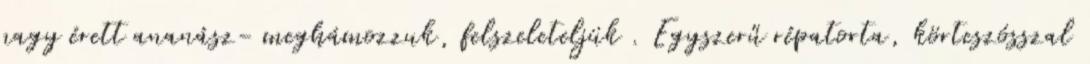
nagy érett ananász- meghámozzuk, felszeleteljük . Egyszerű répatorta, körteszósszal